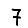
Digit: 7